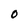
Character: O